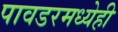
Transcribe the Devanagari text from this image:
पावडरमध्येही